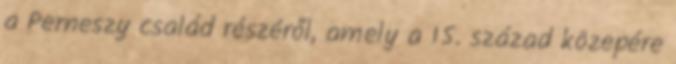
a Perneszy család részéről, amely a 15. század közepére